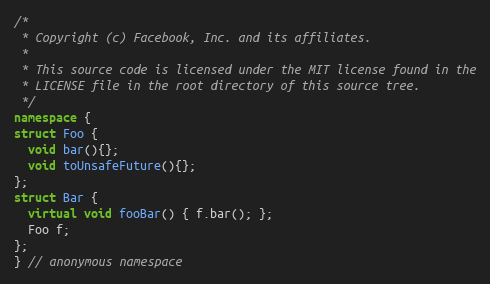
Language: C++
/*
 * Copyright (c) Facebook, Inc. and its affiliates.
 *
 * This source code is licensed under the MIT license found in the
 * LICENSE file in the root directory of this source tree.
 */
namespace {
struct Foo {
  void bar(){};
  void toUnsafeFuture(){};
};
struct Bar {
  virtual void fooBar() { f.bar(); };
  Foo f;
};
} // anonymous namespace